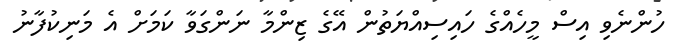
ހުންނެވި އިސް މީހެއްގެ ހައިސިއްޔަތުން އޭގެ ޒިންމާ ނަންގަވާ ކަމަށް އެ މަނިކުފާނު